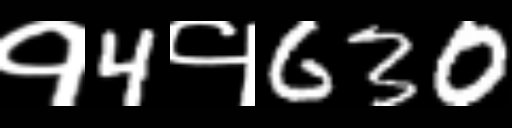
Text: १4१630